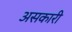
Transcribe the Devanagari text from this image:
असकारी